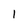
Character: 1